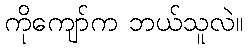
ကိုကျော်က ဘယ်သူလဲ။